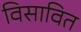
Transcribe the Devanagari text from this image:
विसावित